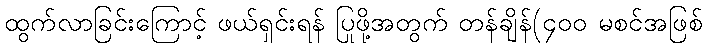
ထွက်လာခြင်းကြောင့် ဖယ်ရှင်းရန် ပြုဖို့အတွက် တန်ချိန်(၄၀၀ မစင်အဖြစ်